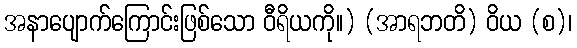
အနာပျောက်ကြောင်းဖြစ်သော ဝီရိယကို။) (အာရဘတိ) ဝိယ (စ)၊